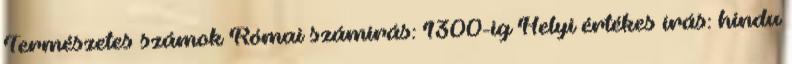
Természetes számok Római számírás: 1300-ig Helyi értékes írás: hindu